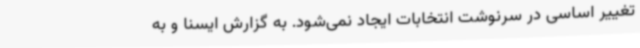
تغییر اساسی در سرنوشت انتخابات ایجاد نمی‌شود. به گزارش ایسنا و به